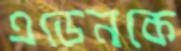
এডেনকে